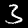
Label: 3